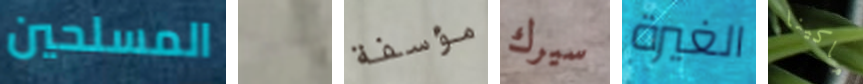
المسلحين نبدا مؤسفة سيرك الغيرة ماكينا